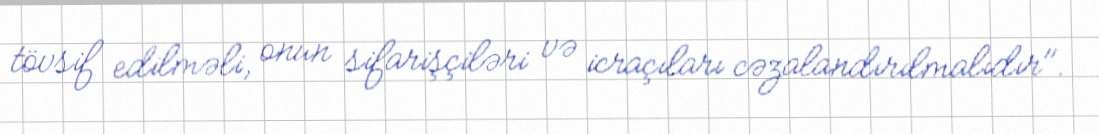
tövsif edilməli, onun sifarişçiləri və icraçıları cəzalandırılmalıdır".